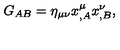
G _ { A B } = \eta _ { \mu \nu } x _ { , A } ^ { \mu } x _ { , B } ^ { \nu } ,